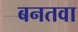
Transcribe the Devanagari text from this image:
बनतवा